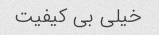
خیلی بی کیفیت